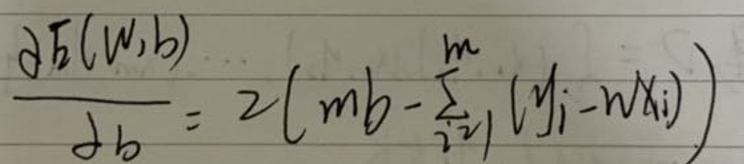
\[
\frac{\partial E(w,b)}{\partial b}=2\left(mb - \sum_{i = 1}^{m}(y_{i}-wx_{i})\right)
\]